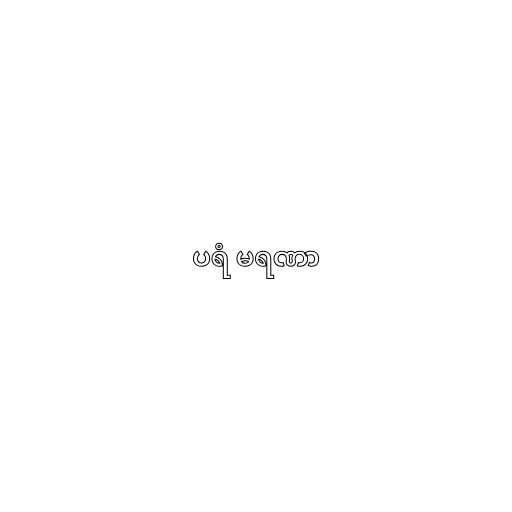
ပရံ မရဏာ